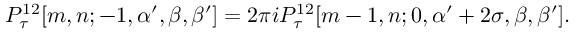
P _ { \tau } ^ { 1 2 } [ m , n ; - 1 , \alpha ^ { \prime } , \beta , \beta ^ { \prime } ] = 2 \pi i P _ { \tau } ^ { 1 2 } [ m - 1 , n ; 0 , \alpha ^ { \prime } + 2 \sigma , \beta , \beta ^ { \prime } ] .